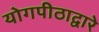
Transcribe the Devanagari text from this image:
योगपीठाद्वारे